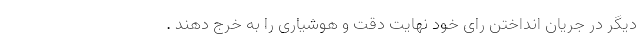
دیگر در جریان انداختن رای خود نهایت دقت و هوشیاری را به خرج دهند .